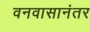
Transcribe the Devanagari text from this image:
वनवासानंतर